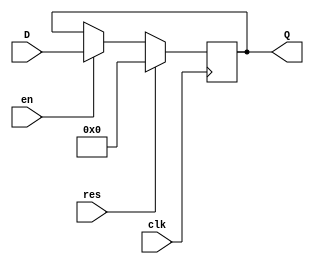
/**
 *  ff_d.v - Microcoded Accumulator CPU
 *  Copyright (C) 2015  Orlando Arias, David Mascenik
 *
 *  This program is free software: you can redistribute it and/or modify
 *  it under the terms of the GNU General Public License as published by
 *  the Free Software Foundation, either version 3 of the License, or
 *  (at your option) any later version.
 *
 *  This program is distributed in the hope that it will be useful,
 *  but WITHOUT ANY WARRANTY; without even the implied warranty of
 *  MERCHANTABILITY or FITNESS FOR A PARTICULAR PURPOSE.  See the
 *  GNU General Public License for more details.
 *
 *  You should have received a copy of the GNU General Public License
 *  along with this program.  If not, see <http://www.gnu.org/licenses/>.
 */
`timescale 1ns / 1ps

module ff_d #(parameter WIDTH=8) (
		input wire		[WIDTH - 1 : 0]	D,		/* data input */
		input wire						en,		/* enable */
		input wire						clk,	/* clock */
		input wire						res,	/* synchronous active high reset */
		output wire		[WIDTH - 1 : 0]	Q		/* output */
    );
	
	reg [WIDTH - 1 : 0] storage;
	assign Q = storage;
	
	always @(posedge clk) begin
		if(res)									/* handle synchronous reset */
			storage <= {WIDTH{1'b0}};
		else if(en)								/* handle save data */
			storage <= D;
	end
endmodule
/* vim: set ts=4 tw=79 syntax=verilog */